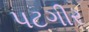
પટગીર